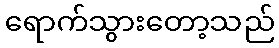
ရောက်သွားတော့သည်